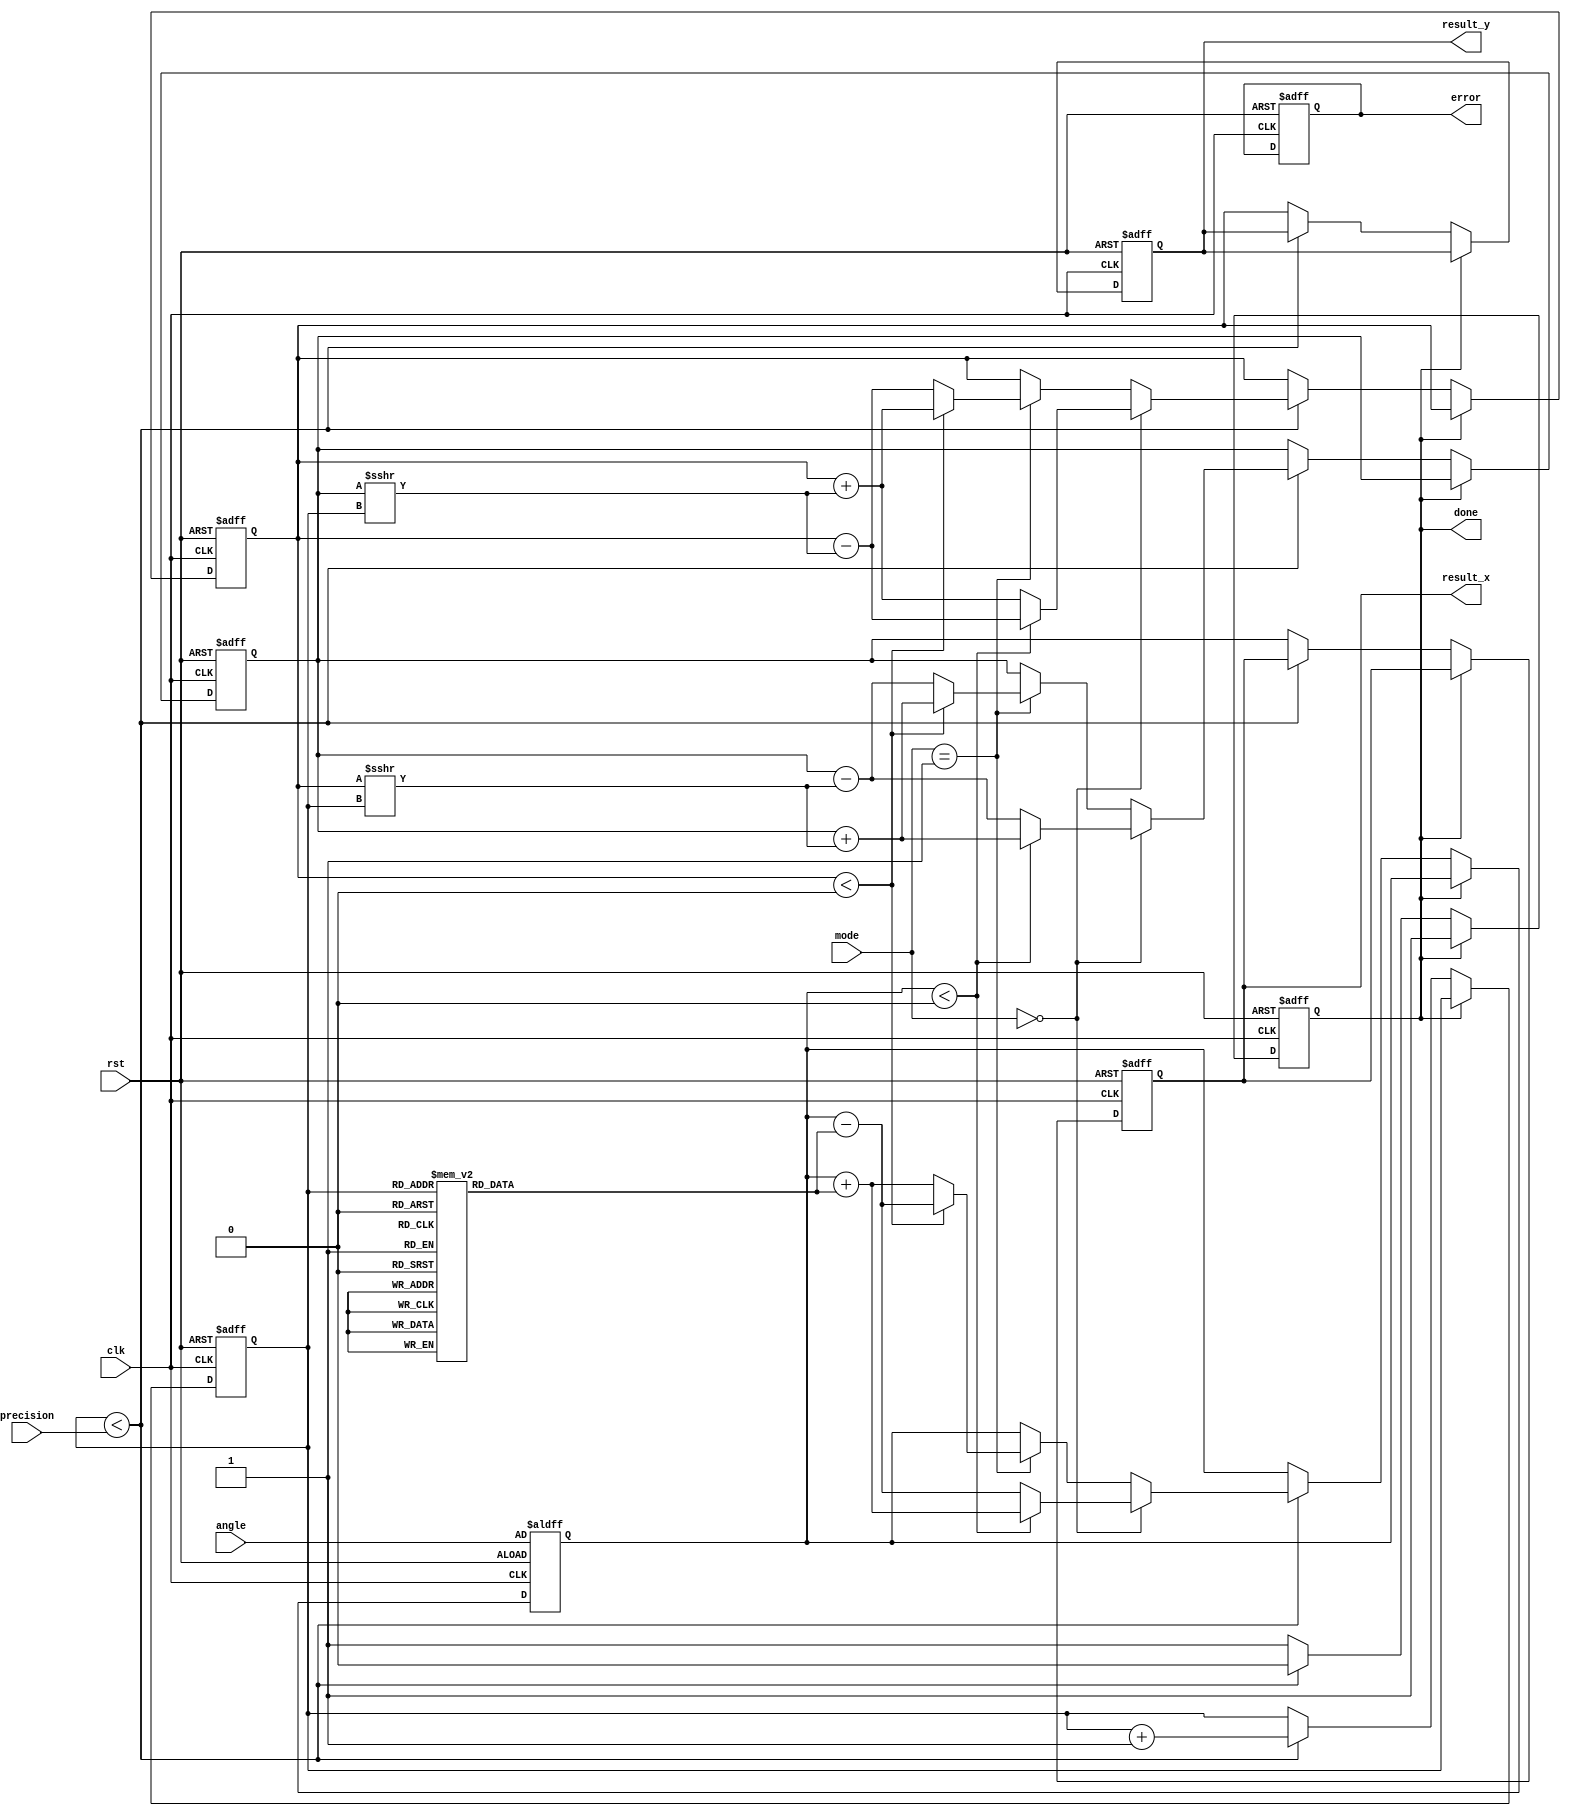
module adaptive_cordic (
    input wire clk,
    input wire rst,
    input wire [15:0] angle, // Fixed-point representation of the angle
    input wire [1:0] mode,   // 0: rotation, 1: vectoring
    input wire [3:0] precision, // Number of iterations (1 to 15)
    output reg [15:0] result_x, // Result X
    output reg [15:0] result_y, // Result Y
    output reg done, // Completion flag
    output reg error // Error flag
);

// CORDIC parameters
parameter NUM_ITERATIONS = 15;
reg [15:0] x, y, z; // x, y coordinates and angle
reg [3:0] iteration_count; // Iteration counter
reg [15:0] atan_table [0:NUM_ITERATIONS-1]; // Lookup table for arctangent values

// Initialize arctangent lookup table
initial begin
    atan_table[0] = 16'h2000; // atan(2^-0) = 0.5
    atan_table[1] = 16'h1000; // atan(2^-1) = 0.25
    atan_table[2] = 16'h0800; // atan(2^-2) = 0.125
    atan_table[3] = 16'h0400; // atan(2^-3) = 0.0625
    atan_table[4] = 16'h0200; // atan(2^-4) = 0.03125
    atan_table[5] = 16'h0100; // atan(2^-5) = 0.015625
    atan_table[6] = 16'h0080; // atan(2^-6) = 0.0078125
    atan_table[7] = 16'h0040; // atan(2^-7) = 0.00390625
    atan_table[8] = 16'h0020; // atan(2^-8) = 0.001953125
    atan_table[9] = 16'h0010; // atan(2^-9) = 0.0009765625
    atan_table[10] = 16'h0008; // atan(2^-10) = 0.00048828125
    atan_table[11] = 16'h0004; // atan(2^-11) = 0.000244140625
    atan_table[12] = 16'h0002; // atan(2^-12) = 0.0001220703125
    atan_table[13] = 16'h0001; // atan(2^-13) = 0.00006103515625
    atan_table[14] = 16'h0000; // atan(2^-14) = 0.000030517578125
end

// State machine for CORDIC operation
always @(posedge clk or posedge rst) begin
    if (rst) begin
        x <= 16'h4000; // Initial x = 1.0 in fixed-point
        y <= 16'h0000; // Initial y = 0.0
        z <= angle; // Load angle
        iteration_count <= 0;
        done <= 0;
        error <= 0;
        result_x <= 0;
        result_y <= 0;
    end else if (!done) begin
        if (iteration_count < precision) begin
            // CORDIC iteration logic
            if (mode == 2'b00) begin // Rotation mode
                if (z < 0) begin
                    x <= x + (y >>> iteration_count);
                    y <= y - (x >>> iteration_count);
                    z <= z + atan_table[iteration_count];
                end else begin
                    x <= x - (y >>> iteration_count);
                    y <= y + (x >>> iteration_count);
                    z <= z - atan_table[iteration_count];
                end
            end else if (mode == 2'b01) begin // Vectoring mode
                if (y < 0) begin
                    x <= x + (y >>> iteration_count);
                    y <= y + (x >>> iteration_count);
                    z <= z - atan_table[iteration_count];
                end else begin
                    x <= x - (y >>> iteration_count);
                    y <= y - (x >>> iteration_count);
                    z <= z + atan_table[iteration_count];
                end
            end
            iteration_count <= iteration_count + 1;
        end else begin
            // Operation complete
            done <= 1;
            result_x <= x;
            result_y <= y;
        end
    end
end

endmodule